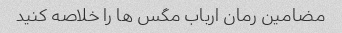
مضامین رمان ارباب مگس ها را خلاصه کنید